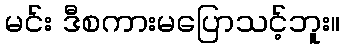
မင်း ဒီစကားမပြောသင့်ဘူး။